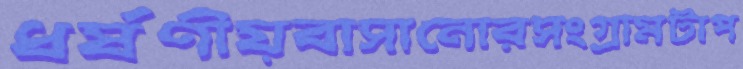
ধর্ষণীয়বাসানোরসংগ্রামটাপ